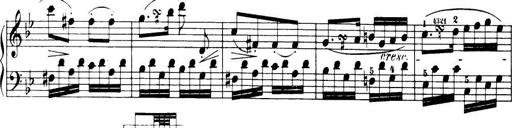
Title: 32 Sonatinas and Rondos for the Piano
Composer: Richard Kleinmichel